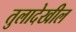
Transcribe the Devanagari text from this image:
तुलादेखील